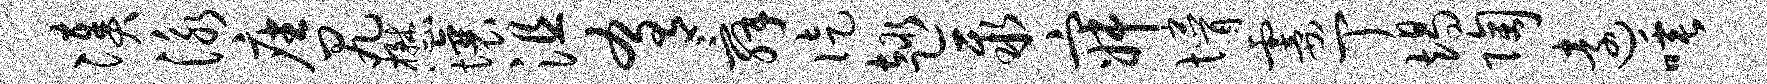
凑泳座尻懋壤沮肴舜徒趣聚寂懵霎丁竭陶远唾